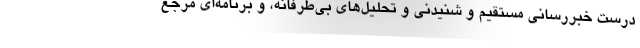
درست خبررسانی مستقیم و شنیدنی و تحلیل‌های بی‌طرفانه، و برنامه‌ای مرجع